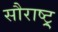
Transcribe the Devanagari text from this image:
सौराष्ट्र्